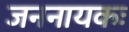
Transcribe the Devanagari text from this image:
जननायकः